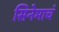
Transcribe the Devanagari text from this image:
सिनेमाचं